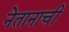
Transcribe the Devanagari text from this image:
नेतानाची